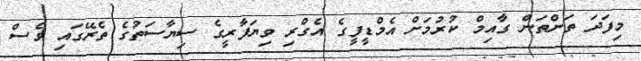
މިފަދަ ތަންތަން ގާއިމް ކުރުމަށް އެމްޑީފީގެ އެގްރި ވިޔަފާރީގެ ސިޔާސަތުގެ ތެރޭގައި ވެސް